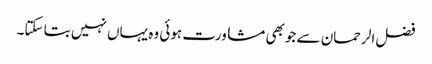
فضل الرحمان سے جوبھی مشاورت ہوئی وہ یہاں نہیں بتا سکتا۔